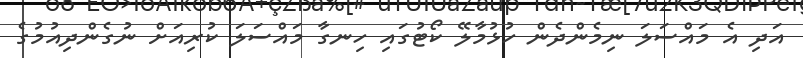
އަދި އެ މައްސަލަ ނިމެންދެން ހުޅުމާލޭ ކޯޓުގައި ހިނގާ މައްސަލަ ކުރިއަށް ނުގެންދިއުމުގެ